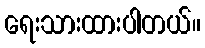
ရေးသားထားပါတယ်။